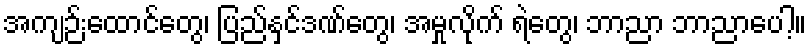
အကျဉ်းထောင်တွေ၊ ပြည်နှင်ဒဏ်တွေ၊ အမှုလိုက် ရဲတွေ၊ ဘာညာ ဘာညာပေါ့။